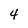
Character: 4